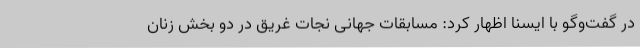
در گفت‌وگو با ایسنا اظهار کرد: مسابقات جهانی نجات غریق در دو بخش زنان